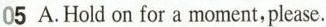
05 A.Hold on for a moment,please.